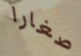
صغارا